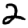
Digit: 2